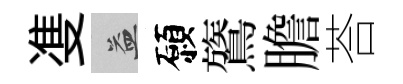
㕠益願鷟膽荅